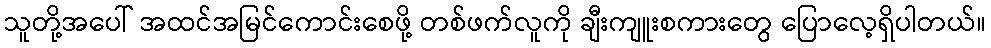
သူတို့အပေါ် အထင်အမြင်ကောင်းစေဖို့ တစ်ဖက်လူကို ချီးကျူးစကားတွေ ပြောလေ့ရှိပါတယ်။